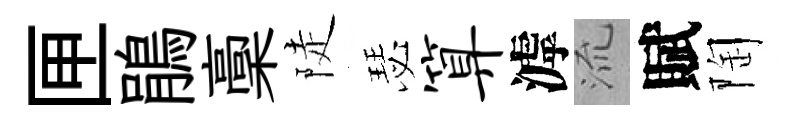
匣鵑稾陡瑟算滹𣴑賦陶